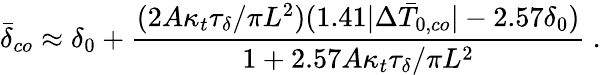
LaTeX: \bar{\delta}_{co}\approx\delta_{0}+\frac{(2A\kappa_{t}\tau_{\delta}/\pi L^{2})(1.41|\Delta\bar{T}_{0,co}|-2.57\delta_{0})}{1+2.57A\kappa_{t}\tau_{\delta}/\pi L^{2}}\ .